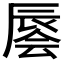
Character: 𰺭